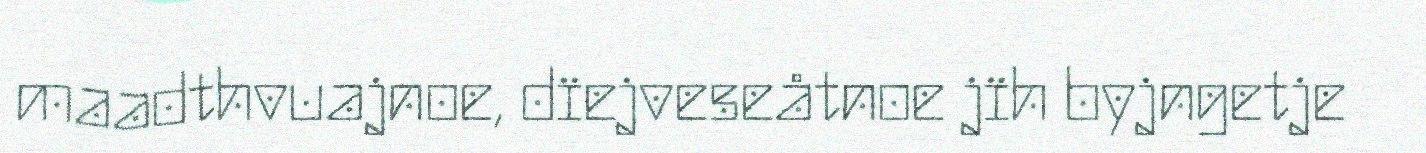
maadthvuajnoe, dïejveseåtnoe jïh byjngetje